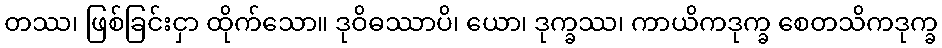
တဿ၊ ဖြစ်ခြင်းငှာ ထိုက်သော။ ဒုဝိဓဿာပိ၊ ယော၊ ဒုက္ခဿ၊ ကာယိကဒုက္ခ စေတသိကဒုက္ခ